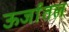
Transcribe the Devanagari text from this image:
ऊर्जातल